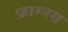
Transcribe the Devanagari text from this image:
फ्राम्नस